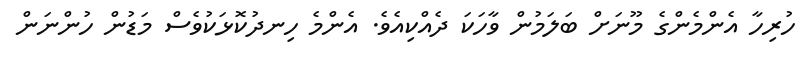
ހުރިހާ އެންމެންގެ މޫނަށް ބަލަމުން ވާހަކަ ދެއްކިއެވެ. އެންމެ ހިނދުކޮޅަކުވެސް މަޑުން ހުންނަން